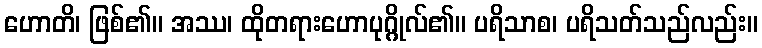
ဟောတိ၊ ဖြစ်၏။ အဿ၊ ထိုတရားဟောပုဂ္ဂိုလ်၏။ ပရိသာစ၊ ပရိသတ်သည်လည်း။